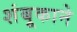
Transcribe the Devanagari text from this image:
शंबूकाने